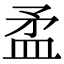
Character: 𥁛